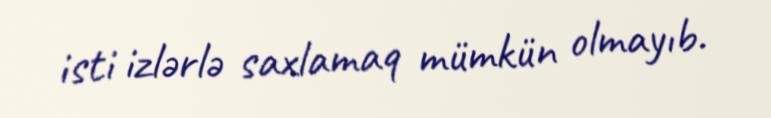
isti izlərlə saxlamaq mümkün olmayıb.